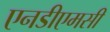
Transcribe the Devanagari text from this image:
एनडीएमसी